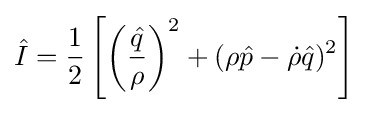
{\hat {I}}={\frac {1}{2}}\left[\left({\frac {\hat {q}}{\rho }}\right)^{2}+(\rho {\hat {p}}-{\dot {\rho }}{\hat {q}})^{2}\right]